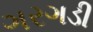
ગરગડી